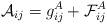
LaTeX: \begin{align*}{\cal A}_{ij} = g^{A}_{ij} +{\cal F}^{A}_{ij}\end{align*}